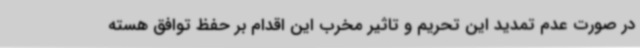
در صورت عدم تمدید این تحریم و تاثیر مخرب این اقدام بر حفظ توافق هسته